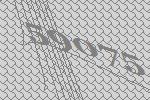
59075